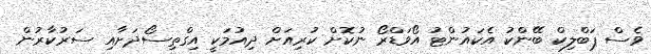
ވެސް ޕަބްލިކް ބޭންކު އެކައުންޓު އޯވަޑްރޯ ނުކޮށް ކުރިއަށް ދިއުމަކީ އިގްތިސޯދަށާއި ސަރުކާރުން